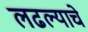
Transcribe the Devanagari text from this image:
लढल्याचे